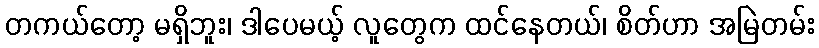
တကယ်တော့ မရှိဘူး၊ ဒါပေမယ့် လူတွေက ထင်နေတယ်၊ စိတ်ဟာ အမြဲတမ်း